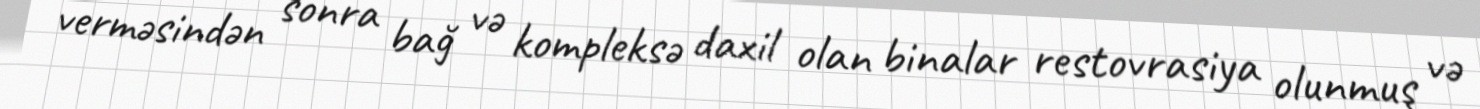
verməsindən sonra bağ və kompleksə daxil olan binalar restovrasiya olunmuş və